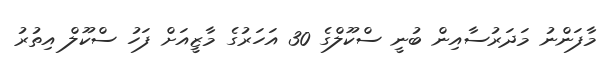
މާފަންނު މަދަރުސާއިން ބުނީ ސްކޫލްގެ 30 އަހަރުގެ މާޒީއަށް ފަހު ސްކޫލް އިތުރު